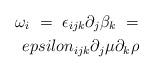
LaTeX: \begin{align*}\omega_i \ = \ \epsilon_{ijk} \partial_j \beta_k \ = \\epsilon_{ijk} \partial_j \mu \partial_k \rho\end{align*}